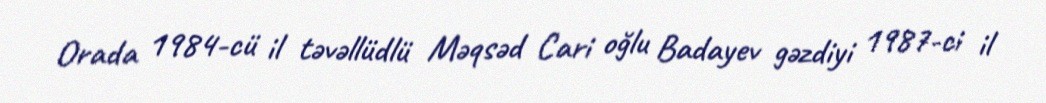
Orada 1984-cü il təvəllüdlü Məqsəd Cari oğlu Badayev gəzdiyi 1987-ci il